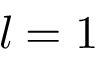
l = 1